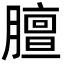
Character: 膻